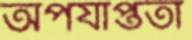
অপর্যাপ্ততা